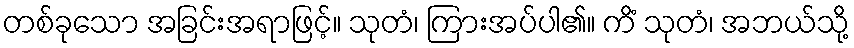
တစ်ခုသော အခြင်းအရာဖြင့်။ သုတံ၊ ကြားအပ်ပါ၏။ ကိံ သုတံ၊ အဘယ်သို့